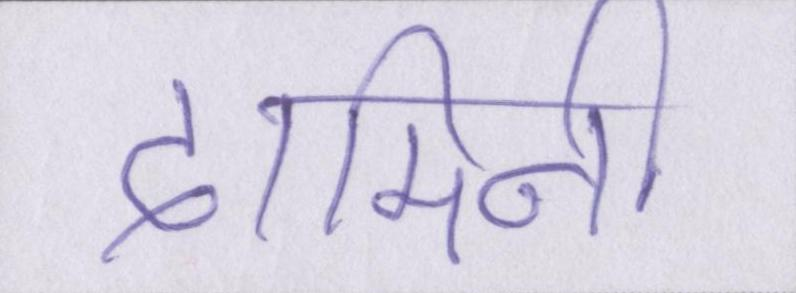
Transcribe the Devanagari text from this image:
दामिनी